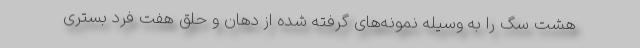
هشت سگ را به وسیله نمونه‌های گرفته شده از دهان و حلق هفت فرد بستری